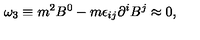
\omega _ { 3 } \equiv m ^ { 2 } B ^ { 0 } - m \epsilon _ { i j } \partial ^ { i } B ^ { j } \approx 0 ,